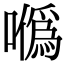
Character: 𠼮